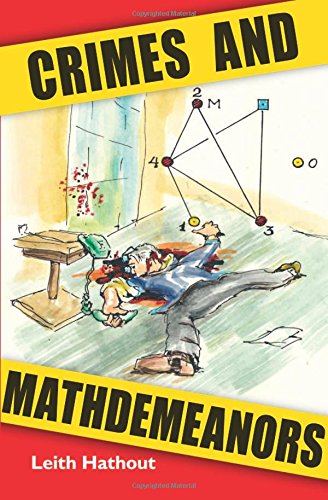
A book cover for Crimes and Mathdemeanors; Leith Hathout; Mystery, Thriller & Suspense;